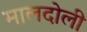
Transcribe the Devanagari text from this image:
मालदोली